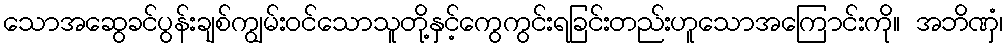
သောအဆွေခင်ပွန်းချစ်ကျွမ်းဝင်သောသူတို့နှင့်ကွေကွင်းရခြင်းတည်းဟူသောအကြောင်းကို။ အဘိဏှံ၊